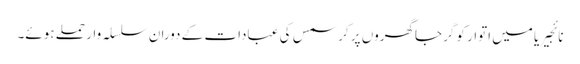
نائجیریا میں اتوار کو گرجاگھروں پر کرسمس کی عبادات کے دوران سلسلہ وار حملے ہوئے۔